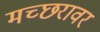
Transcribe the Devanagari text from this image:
मच्छरावर